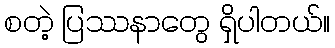
စတဲ့ ပြဿနာတွေ ရှိပါတယ်။